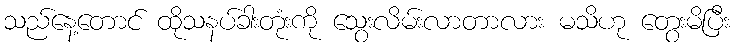
သည်နေ့တောင် ထိုသနပ်ခါးတုံးကို သွေးလိမ်းလာတာလား မသိဟု တွေးမိပြီး